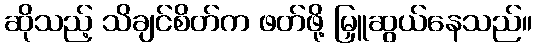
ဆိုသည့် သိချင်စိတ်က ဖတ်ဖို့ မြှူဆွယ်နေသည်။